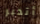
أتدبر